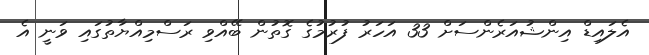
އެލައިޑް އިންޝުއަރެންސަށް 33 އަހަރު ފުރުމުގެ ގޮތުން ބޭއްވި ރަސްމިއްޔާތުގައި ވަނީ އެ